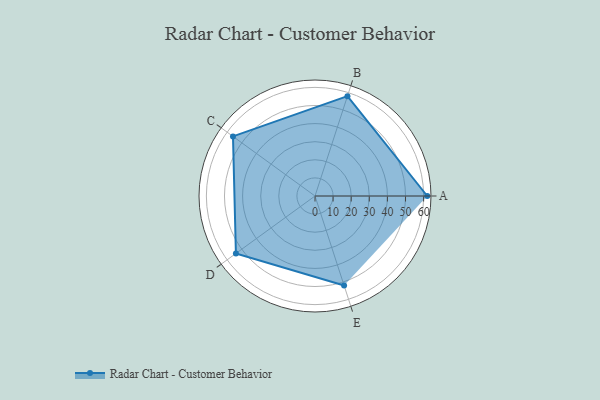
{"axis": {"x": "Skill", "y": "Score"}, "legend": ["Profile"], "data": [{"x": "A", "y": 62.0, "type": "Profile"}, {"x": "B", "y": 58.0, "type": "Profile"}, {"x": "C", "y": 56.0, "type": "Profile"}, {"x": "D", "y": 54.0, "type": "Profile"}, {"x": "E", "y": 52.0, "type": "Profile"}]}